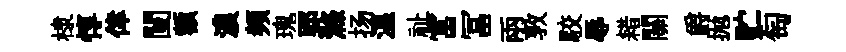
棣惇倖闉額濃頻瑰郢滌扬温祉富冨兩敦駮辱耤關爵抛贮匋